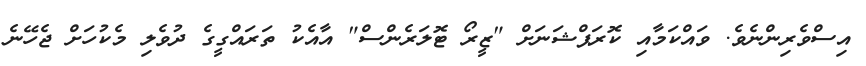
އިސްވެރިންނެވެ. ވައްކަމާއި ކޮރަޕްޝަނަށް "ޒީރޯ ޓޮލަރެންސް" އާއެކު ތަރައްގީގެ ދުވެލި މެކުހަަށް ޖެހޭނެ